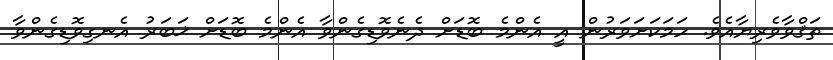
ތަޤްވާވެރިޔާއެވެ. ހަމަކަށަވަރުން އީ އެންމެ ބޮޑަށް ދެނެވޮޑިގެންވާ އެންމެ ބޮޑަށް ޚަބަރު އެނގިވޮޑިގެންވާ